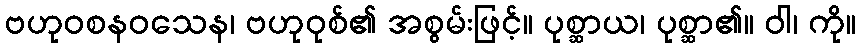
ဗဟုဝစနဝသေန၊ ဗဟုဝုစ်၏ အစွမ်းဖြင့်။ ပုစ္ဆာယ၊ ပုစ္ဆာ၏။ ဝါ၊ ကို။